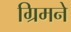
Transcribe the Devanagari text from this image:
ग्रिमने